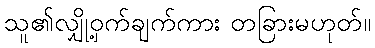
သူ၏လျှို့ဝှက်ချက်ကား တခြားမဟုတ်။